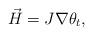
LaTeX: \begin{align*}\vec{H}= J\nabla \theta_t,\end{align*}